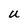
Character: U